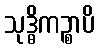
သုဒ္ဓိကဉ္စာပိ